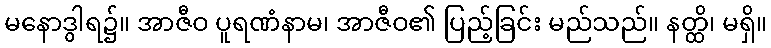
မနောဒွါရ၌။ အာဇီဝ ပူရဏံနာမ၊ အာဇီဝ၏ ပြည့်ခြင်း မည်သည်။ နတ္ထိ၊ မရှိ။